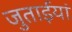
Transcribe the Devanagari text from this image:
जुताईयां